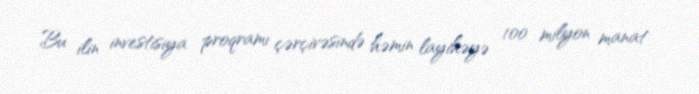
Bu ilin investisiya proqramı çərçivəsində həmin layihəyə 100 milyon manat